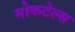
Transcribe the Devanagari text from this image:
मोकटेल्स